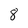
Character: 8